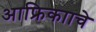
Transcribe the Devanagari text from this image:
आफ्रिकााचे